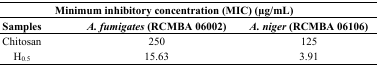
<table><thead><tr><td colspan="3"><b>Minimum inhibitory concentration (MIC) (μg/mL)</b></td></tr><tr><td><b>Samples</b></td><td><b><i>A. fumigates</i> (RCMBA 06002)</b></td><td><b><i>A. niger</i> (RCMBA 06106)</b></td></tr></thead><tbody><tr><td>Chitosan</td><td>250</td><td>125</td></tr><tr><td>H<sub>0.5</sub></td><td>15.63</td><td>3.91</td></tr></tbody></table>